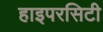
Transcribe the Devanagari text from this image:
हाइपरसिटी